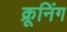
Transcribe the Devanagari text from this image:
क्रूनिंग